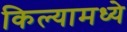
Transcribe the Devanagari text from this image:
किल्यामध्ये